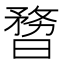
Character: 𣊃